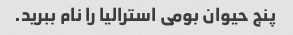
پنج حیوان بومی استرالیا را نام ببرید.